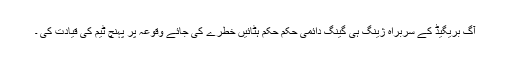
آگ بریگیڈ کے سربراہ ژینگ ہی گینگ دائمی حکم حکم ہٹائیں خطرے کی جائے وقوعہ پر پہنچ ٹیم کی قیادت کی ۔